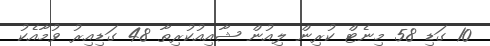
10 ގަޑި 58 މިނެޓް ކުރިން ލިއުން ޝާއިއުކުރިތާ 48 ގަޑިއިރު ވުމާއެކު